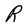
Character: R